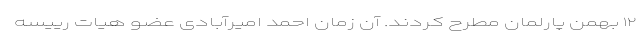
۱۲ بهمن پارلمان مطرح کردند. آن زمان احمد امیرآبادی عضو هیات رییسه